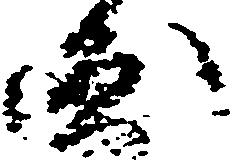
円